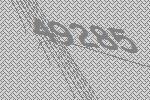
49285